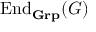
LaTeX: \operatorname { E n d } _ { \mathbf { G r p } } ( G )